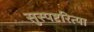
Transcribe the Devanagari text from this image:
सुस्पष्टरित्या